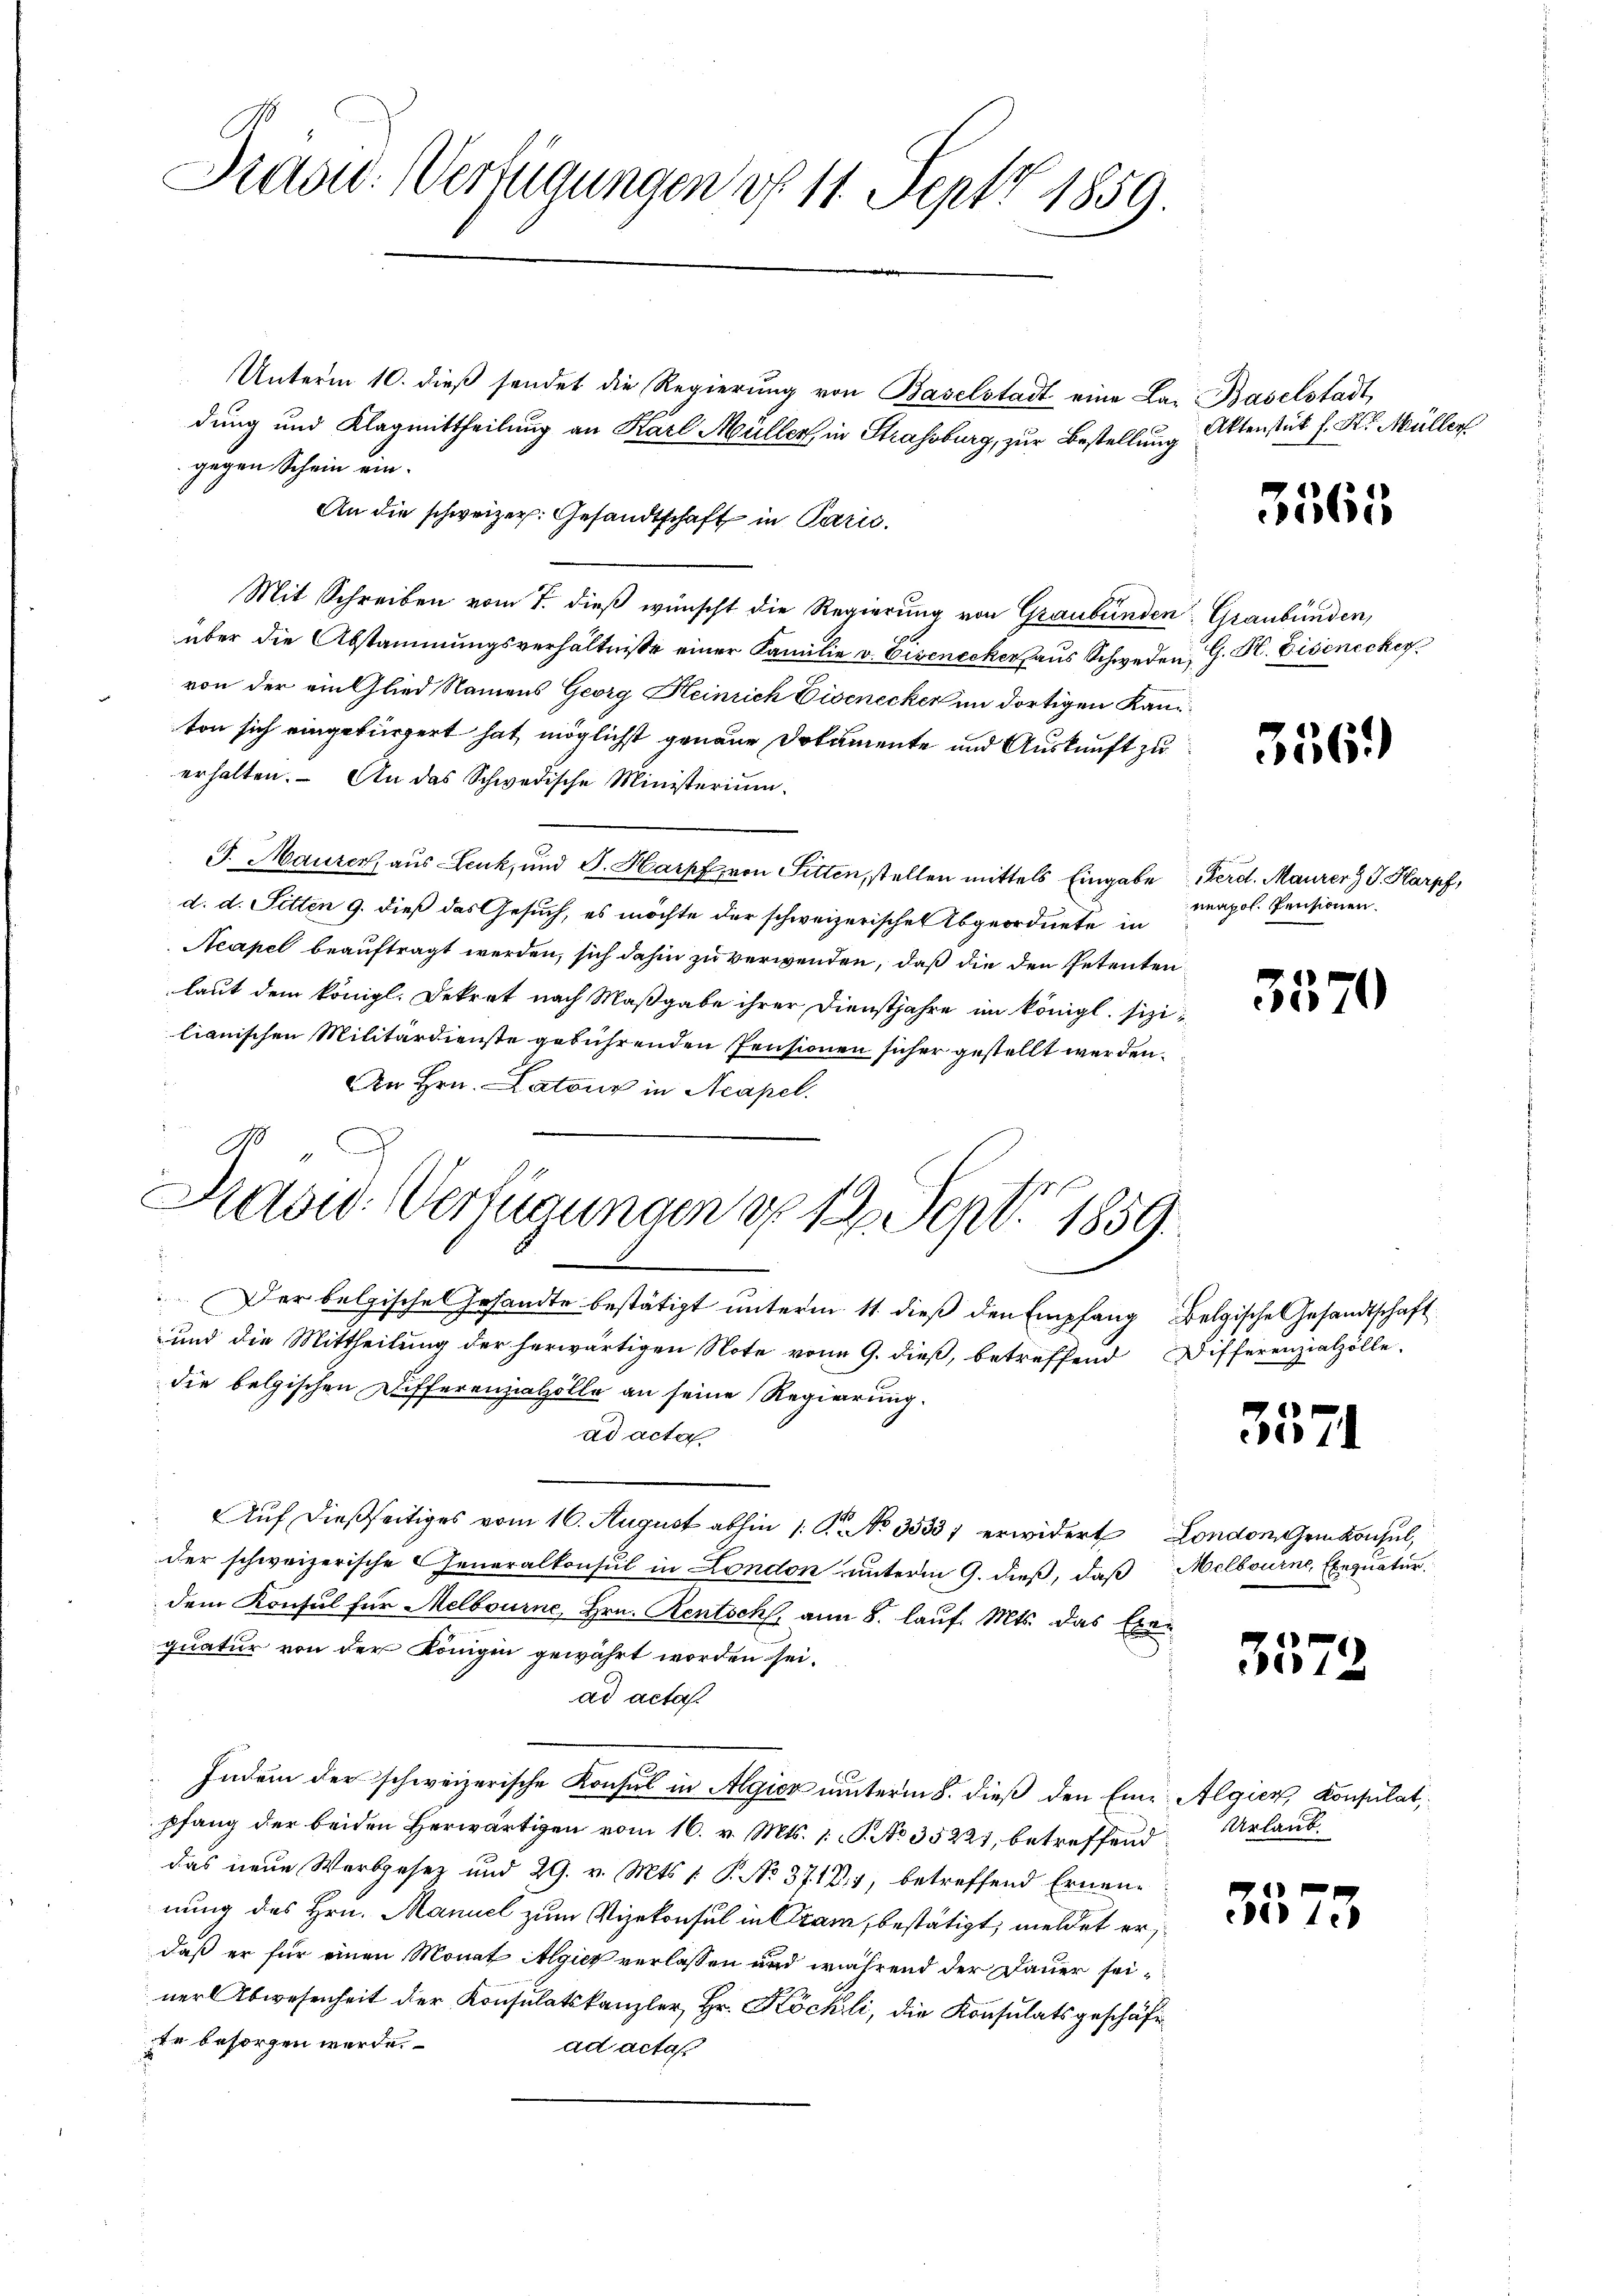
Dias: Verfügungen d. 11. Sept 1859.

Unterm 10. dieß sendet die Regierung von Baselstadt eine La. Baselstadt
dung und Klagmittheilung an Karl Müller, in Strassburg, zur Bestellung
gegen Schein ein¬
An die schweizer. Gesandtschaft in Paric
Mit Schreiben vom 7. dieß wünscht die Regierung von Graubünden Graubünden,
über die Abstammungsverhältnisse einer Familie v. Eiseneckerhaus Schweden G. H. Eisenecker
von der ein Glied Namens Georg Heinrich Eisenecker im dortigen Kanton sich eingebürgert hat, möglichst genaue Dokumente und Auskunft zu
erhalten. - An das Schwedische Ministerium
J. Maurer, aus Leuk, und J. Harpf von Sitten, stellen mittels Eingabe Ferd. Maurer J. Harpf,
d. d. Sitten 9. dieß das Gesuch, es möchte der schweizerischen Abgeordnete in
Neapel beauftragt werden, sich dahin zu verwenden, daß die den Petenten
laut dem königl. Dekret nach Maßgabe ihrer Dienstjahre im königl. sizilianischen Militärdienste gebührenden Pensionen sicher gestellt werden.
An Hrn. Latone in Acapel.
Der belgische Gesandte bestätigt unterm 11. dieß den Empfang Belgische Gesandtschaft
und die Mittheilung der herwärtigen Note von 9. dieß, betreffend Differenzialzölle
die belgischen Differenzialzölle an seine Regierung.
ad acta
 Auf dießseitiges vom 16. August abhin 1 S. No 3533 erwidert London gekonsul,
der schweizerische Generalkonsul in London unterm 9. dieß, daß Melbourne, Exequatur.
dem Konsul für Melbourne, Hrn. Rentsch, am 8. lauf. Mts. das Exequatur von der Königen gewährt worden sei.
ad acta
Indem der schweizerische Konsul in Algier unterm 8. dieß den Eine Algien, Konsulat,
pfang der beiden Herwärtigen vom 16. v. Mts. 1. c. No 35221, betreffend
das neue Werbgesez und 29. v. Mts. 1. P. No. 37184, betreffend Ernennung des Hrn. Manuel zum Vizekonsul in Cram, bestätigt, meldet erdaß er für einen Monat Algier verlassen und während der Dauer seiner Abwesenheit der Konsulatskanzler, Hr. Köchli, die Konsulatsgeschäfte
te besorgen werde.
ad acta

1
Aadw. Verfügungen d. 12. Sept. 1859.

Aktenstät f. St. Müller

3565

mnapol. Pensionen.

35

3571

3579

35

356.

Urlaub.

75